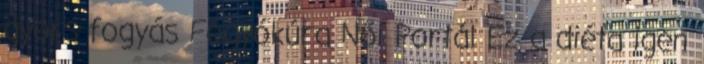
gyors fogyás Fogyókúra Női Portál Ez a diéta igen